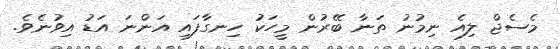
މެސެޖް ލިއެ ނިމުނު ތަނާ ބޭރުން މީހަކު ހިނގާފައި އަންނަ އަޑު އިވުނެވެ.